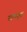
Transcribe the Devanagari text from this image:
डॉकबुक